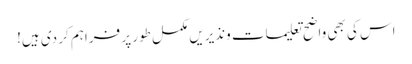
اس کی بھی واضح تعلیمات ونذیریں مکمل طور پر فراہم کر دی ہیں!